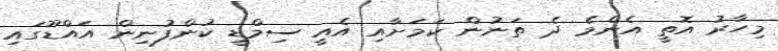
މިހާރު އޮތީ އެންމެ ދެ ތަނުން ކަމަށާއި އެއީ ސިމްޑީ ކުންފުނިން އައްޑޫގައި